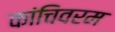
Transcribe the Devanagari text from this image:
कांचिवरम